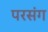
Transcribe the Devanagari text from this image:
परसंग